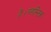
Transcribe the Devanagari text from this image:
है।प्लास्टिक